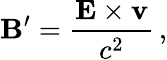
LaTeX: \mathbf{B}^{\prime}={\frac{\mathbf{E}\times\mathbf{v}}{c^{2}}}\, ,